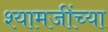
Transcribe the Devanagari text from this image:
श्यामजींच्या